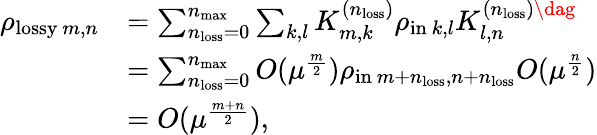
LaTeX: \begin{array}{rl}{\rho_{\mathrm{lossy}~m,n}}&{=\sum_{n_{\mathrm{loss}}=0}^{n_{\mathrm{max}}}\sum_{k,l}K_{m,k}^{(n_{\mathrm{loss}})}\rho_{\mathrm{in}~k,l}K_{l,n}^{(n_{\mathrm{loss}})\dag}}\\ &{=\sum_{n_{\mathrm{loss}}=0}^{n_{\mathrm{max}}}O(\mu^{\frac{m}{2}})\rho_{\mathrm{in}~m+n_{\mathrm{loss}},n+n_{\mathrm{loss}}}O(\mu^{\frac{n}{2}})}\\ &{=O(\mu^{\frac{m+n}{2}}),}\end{array}